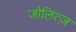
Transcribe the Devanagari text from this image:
जोलित्ज़